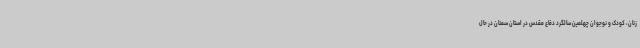
زنان، کودک و نوجوان چهلمین سالگرد دفاع مقدس در استان سمنان در حال